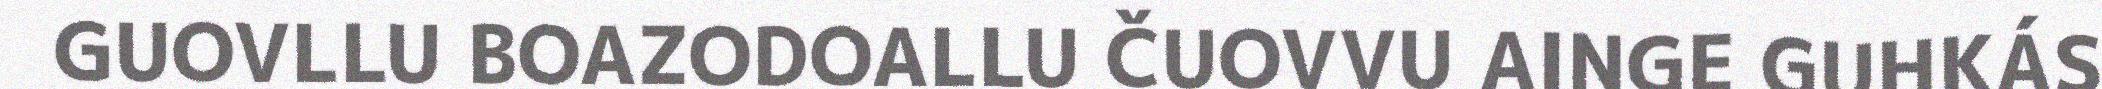
GUOVLLU BOAZODOALLU ČUOVVU AINGE GUHKÁS